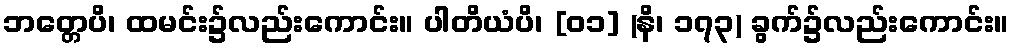
ဘတ္တေပိ၊ ထမင်း၌လည်းကောင်း။ ပါတိယံပိ၊ [၀၁] (နိ၊ ၁၇၃) ခွက်၌လည်းကောင်း။